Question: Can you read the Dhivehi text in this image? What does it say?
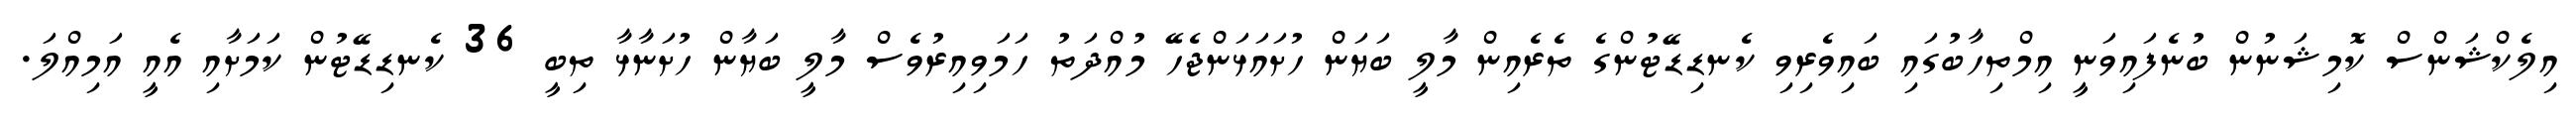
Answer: އިލެކްޝަންސް ކޮމިޝަނުން ބުނެފައިވަނީ އިމްތިހާބުގައި ބައިވެރިވި ކެނޑިޑޭޓުންގެ ތެރެއިން މާލީ ބަޔަން ހުށައަޅަންޖެހޭ މުއްދަތު ހަމަވިއިރުވެސް މާލީ ބަޔާން ހުށަނާޅާ ތިބީ 36 ކެނޑިޑޭޓުން ކަމަށާއި އެއީ އަމިއްލަ.